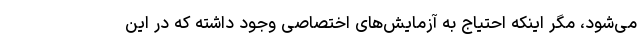
می‌شود، مگر اینکه احتیاج به آزمایش‌های اختصاصی وجود داشته که در این